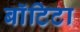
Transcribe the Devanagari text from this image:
बाॅटिटा